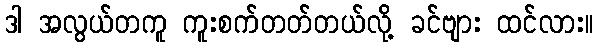
ဒါ အလွယ်တကူ ကူးစက်တတ်တယ်လို့ ခင်ဗျား ထင်လား။